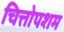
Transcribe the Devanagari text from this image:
चित्तोपशम